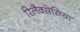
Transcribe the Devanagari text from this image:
रिलैक्सेसिया